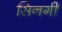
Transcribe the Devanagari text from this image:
सिनर्गी